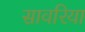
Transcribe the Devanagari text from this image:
सावरिया